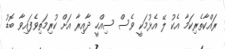
ރައްކާތެރިކަމާ އެކު ލޭ އެޅުމަކީ ވެސް ސިއްހީ ދާއިރާ އަށް ކުރިމަތިވެފައިވާ ބޮޑު